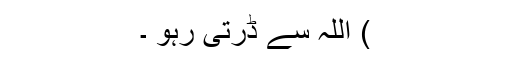
) اللہ سے ڈرتی رہو ۔